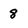
Character: 8